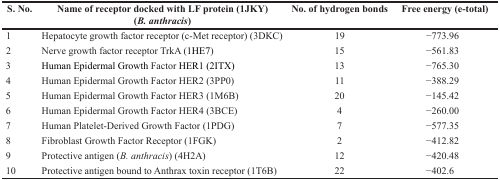
| S. No. | Name of receptor docked with LF protein (1JKY) (B. anthracis) | No. of hydrogen bonds | Free energy (e-total) |
 | --- | --- | --- | --- |
 | 1 | Hepatocyte growth factor receptor (c-Met receptor) (3DKC) | 19 | −773.96 |
 | 2 | Nerve growth factor receptor TrkA (1HE7) | 15 | −561.83 |
 | 3 | Human Epidermal Growth Factor HER1 (2ITX) | 13 | −765.30 |
 | 4 | Human Epidermal Growth Factor HER2 (3PP0) | 11 | −388.29 |
 | 5 | Human Epidermal Growth Factor HER3 (1M6B) | 20 | −145.42 |
 | 6 | Human Epidermal Growth Factor HER4 (3BCE) | 4 | −260.00 |
 | 7 | Human Platelet-Derived Growth Factor (1PDG) | 7 | −577.35 |
 | 8 | Fibroblast Growth Factor Receptor (1FGK) | 2 | −412.82 |
 | 9 | Protective antigen (B. anthracis) (4H2A) | 12 | −420.48 |
 | 10 | Protective antigen bound to Anthrax toxin receptor (1T6B) | 22 | −402.6 |